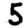
Digit: 5